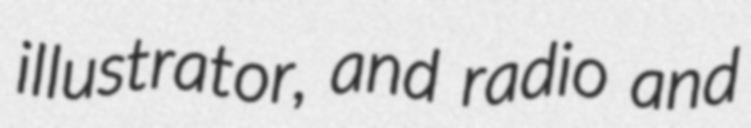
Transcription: illustrator, and radio and